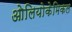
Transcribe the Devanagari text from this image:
ओलियोकेमिकल